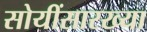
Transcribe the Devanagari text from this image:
सोयींसारख्या